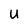
Character: U